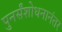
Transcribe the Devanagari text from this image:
पुनर्संशोधनानंतर